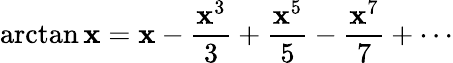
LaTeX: \arctan\mathbf{x}=\mathbf{x}-{\frac{{\mathbf{x}^{3}}}{{3}}}+{\frac{{\mathbf{x}^{5}}}{{5}}}-{\frac{{\mathbf{x}^{7}}}{{7}}}+\cdots